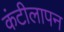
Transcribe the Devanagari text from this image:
कंटीलापन